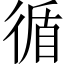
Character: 循